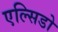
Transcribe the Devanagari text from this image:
एल्सिडो